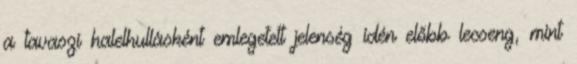
a tavaszi halelhullásként emlegetett jelenség idén előbb lecseng, mint